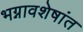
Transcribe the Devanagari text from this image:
भग्नावशेषांत